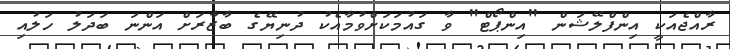
ރާއްޖެއަކީ އިންފްލޭޝަން "އިންޕޯޓް" ވާ ގައުމަކަށްވުމާއެކު ދުނިޔޭގެ ބާޒާރަށް އަންނަ ބަދަލު ހަލުއި